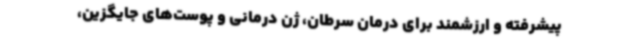
پیشرفته و ارزشمند برای درمان سرطان، ژن درمانی و پوست‌های جایگزین،